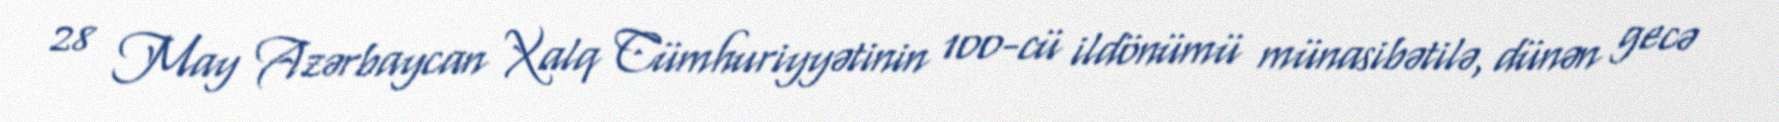
28 May Azərbaycan Xalq Cümhuriyyətinin 100-cü ildönümü münasibətilə, dünən gecə